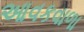
આવકવાળા